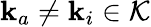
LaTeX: \mathbf{k}_{a}\neq\mathbf{k}_{i}\in\mathcal{K}